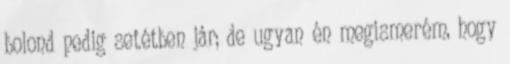
bolond pedig setétben jár; de ugyan én megismerém, hogy